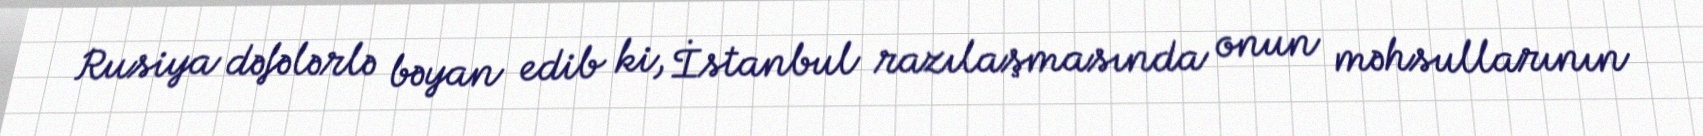
Rusiya dəfələrlə bəyan edib ki, İstanbul razılaşmasında onun məhsullarının